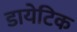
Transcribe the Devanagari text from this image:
डायेटिक